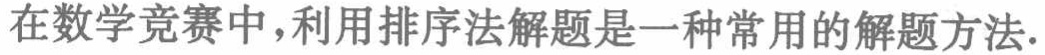
在数学竞赛中，利用排序法解题是一种常用的解题方法.